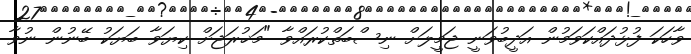
ވާހަކަ ފުޅުދައްކަވަމުން އަދީބުވަނީ ޖަމީލަށް ނިސްބަތްކުރައްވާ "މަޚުރަޖަށް ކިޔަވާ ބަޔަކު ބޭނުން ނުވާ